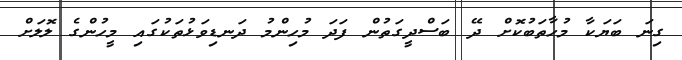
ގިނަ ބަޔަކާ މުހާތަބުކޮށް ދޭ ބަސްދީގަތުން ފަދަ މުހިންމު ދަނޑިވަޅުތަކުގައި މީހުންގެ ލޮލަށް